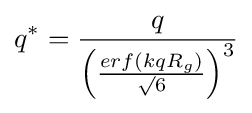
q^{*}={\frac {q}{\left({\frac {erf\left(kqR_{g}\right)}{\surd 6}}\right)^{3}}}